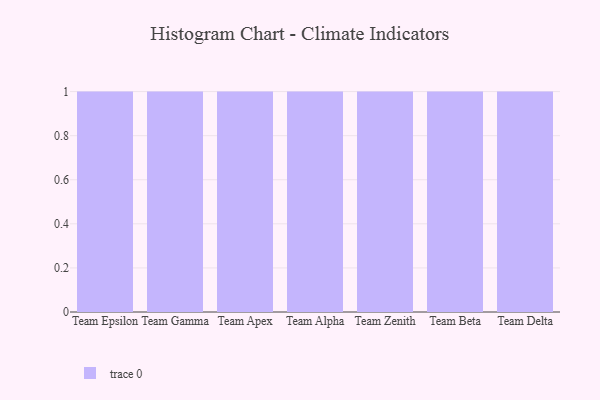
{"axis": {"x": "Team", "y": "Tickets Resolved"}, "legend": [""], "data": [{"x": "Team Epsilon", "y": 87, "type": ""}, {"x": "Team Gamma", "y": 87, "type": ""}, {"x": "Team Apex", "y": 98, "type": ""}, {"x": "Team Alpha", "y": 90, "type": ""}, {"x": "Team Zenith", "y": 18, "type": ""}, {"x": "Team Beta", "y": 54, "type": ""}, {"x": "Team Delta", "y": 47, "type": ""}]}